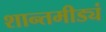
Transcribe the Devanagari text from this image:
शान्तमीड्यं